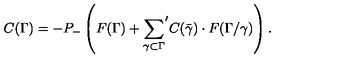
C ( \Gamma ) = - P _ { - } \left( F ( \Gamma ) + { \sum _ { \gamma \subset \Gamma } } ^ { \prime } C ( \bar { \gamma } ) \cdot F ( \Gamma / \gamma ) \right) .